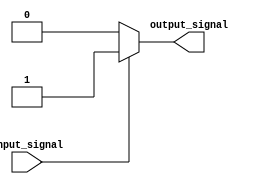
module voltage_level_shifter (
    input wire input_signal,
    output wire output_signal
);

// Logic to detect input voltage level and perform level shifting operation
always @ (input_signal)
begin
    if (input_signal == 0) begin
        output_signal <= 0;
    end else begin
        output_signal <= 1;
    end
end

endmodule